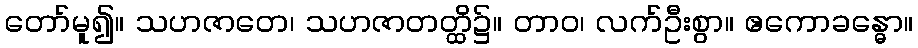
တော်မူ၍။ သဟဇာတေ၊ သဟဇာတတ္ထိ၌။ တာဝ၊ လက်ဦးစွာ။ ဧကောခန္ဓော။